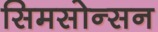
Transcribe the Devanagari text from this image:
सिमसोन्सन